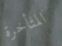
المتأخرة